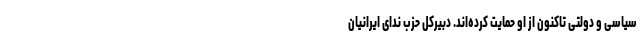
سیاسی و دولتی تاکنون از او حمایت کرده‌اند. دبیرکل حزب ندای ایرانیان